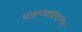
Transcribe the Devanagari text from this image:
पाडण्याप्रमाणेच